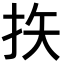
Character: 𪭨